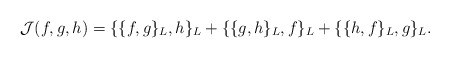
\begin{align*}\mathcal{J}(f,g,h)=\{\{f,g\}_{L},h\}_{L}+\{\{g,h\}_{L},f\}_{L}+\{\{h,f\}_{L},g\}_{L}.\end{align*}